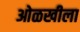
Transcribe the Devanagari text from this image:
ओळखीला